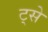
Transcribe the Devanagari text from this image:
ट्से